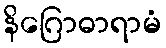
နိဂြောဓာရာမံ